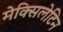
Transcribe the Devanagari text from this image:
मेक्सिलेटिन